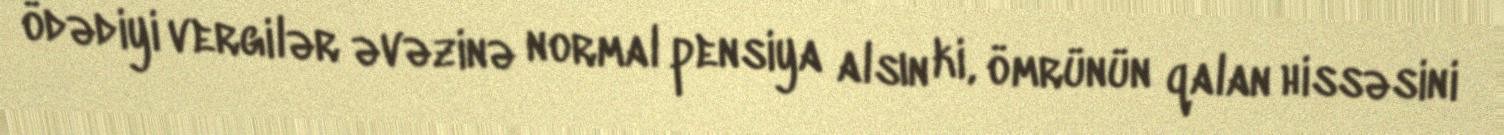
ödədiyi vergilər əvəzinə normal pensiya alsın ki, ömrünün qalan hissəsini